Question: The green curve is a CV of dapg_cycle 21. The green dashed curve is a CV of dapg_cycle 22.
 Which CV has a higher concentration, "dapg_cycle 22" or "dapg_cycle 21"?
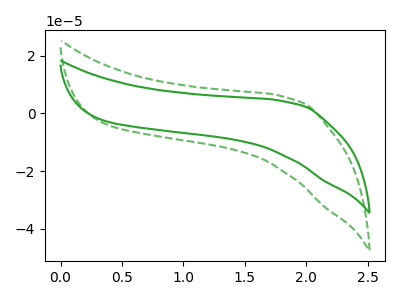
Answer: <think>The green curve "dapg_cycle 21" has no peaks. The green dashed curve "dapg_cycle 22" has no peaks.
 Neither "dapg_cycle 22" or "dapg_cycle 21" have any peaks.</think>
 <answer>I cant tell if "dapg_cycle 22" or "dapg_cycle 21" has higher concentration.</answer>
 <eval>mixed_concentration</eval>